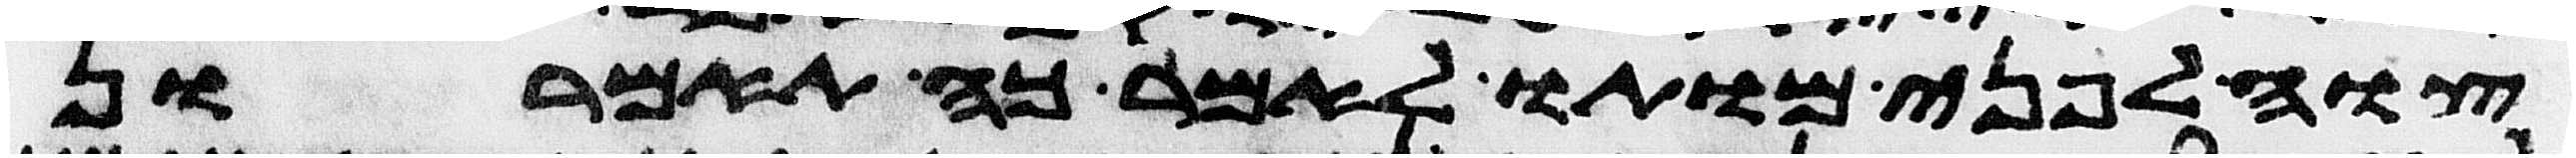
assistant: צוה לפני מותו לאמר כה תאמרון